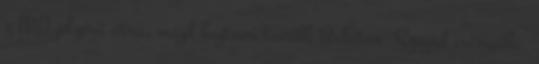
z M0 jelzésű útra, majd hajtson tovább Balaton Szeged irányába.